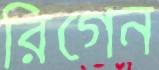
রিগেন